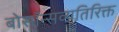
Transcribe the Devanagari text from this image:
बोसॉन्सव्यतिरिक्त